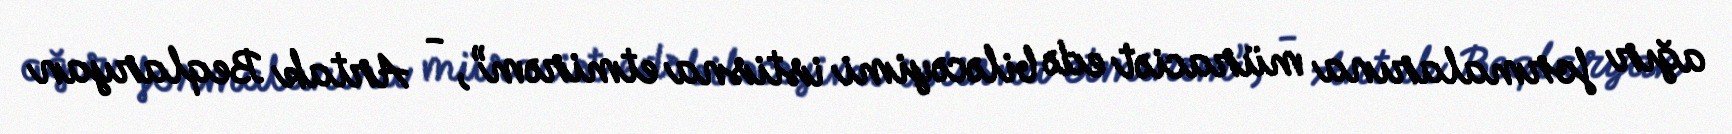
ağır formalarına müraciət edə biləcəyimi istisna etmirəm”, - Artak Beqlaryan